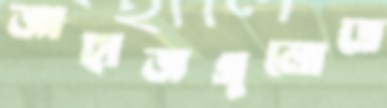
জাহাজগুলোতে